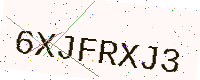
Text: 6XJFRXJ3